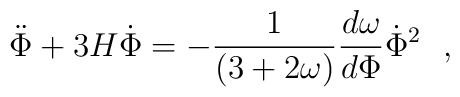
{        {\ddot \Phi +3H\dot \Phi=        -{1 \over (3+2\omega)}        {d\omega\over d\Phi} \dot \Phi^2 }\ \ ,}